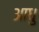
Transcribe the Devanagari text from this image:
आधु